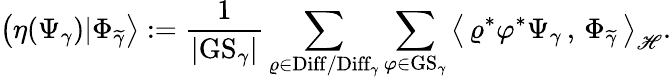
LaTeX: \left(\eta(\Psi_{\gamma})|\Phi_{\widetilde{\gamma}}\right>:=\frac{1}{|\mathrm{GS}_{\gamma}|}\sum_{\varrho\in\mathrm{Diff}/\mathrm{Diff}_{\gamma}}\sum_{\varphi\in\mathrm{GS}_{\gamma}}\left<\, \varrho^{*}\varphi^{*}\Psi_{\gamma}\, ,\, \Phi_{\widetilde{\gamma}}\, \right>_{\mathscr{H}}.